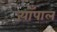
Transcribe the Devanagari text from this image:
ज्याँपाल